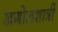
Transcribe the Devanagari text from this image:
खगोलशात्री